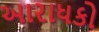
આરાધકો